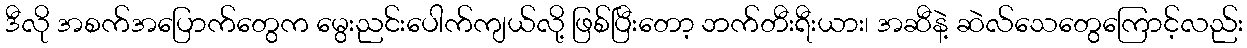
ဒီလို အစက်အပြောက်တွေက မွေးညင်းပေါက်ကျယ်လို့ ဖြစ်ပြီးတော့ ဘက်တီးရီးယား၊ အဆီနဲ့ ဆဲလ်သေတွေကြောင့်လည်း